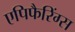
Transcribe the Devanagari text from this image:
एपिफैरिंग्स